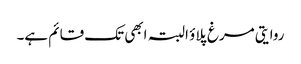
روایتی مرغ پلاؤ البتہ ابھی تک قائم ہے۔